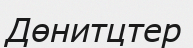
Дөнитцтер